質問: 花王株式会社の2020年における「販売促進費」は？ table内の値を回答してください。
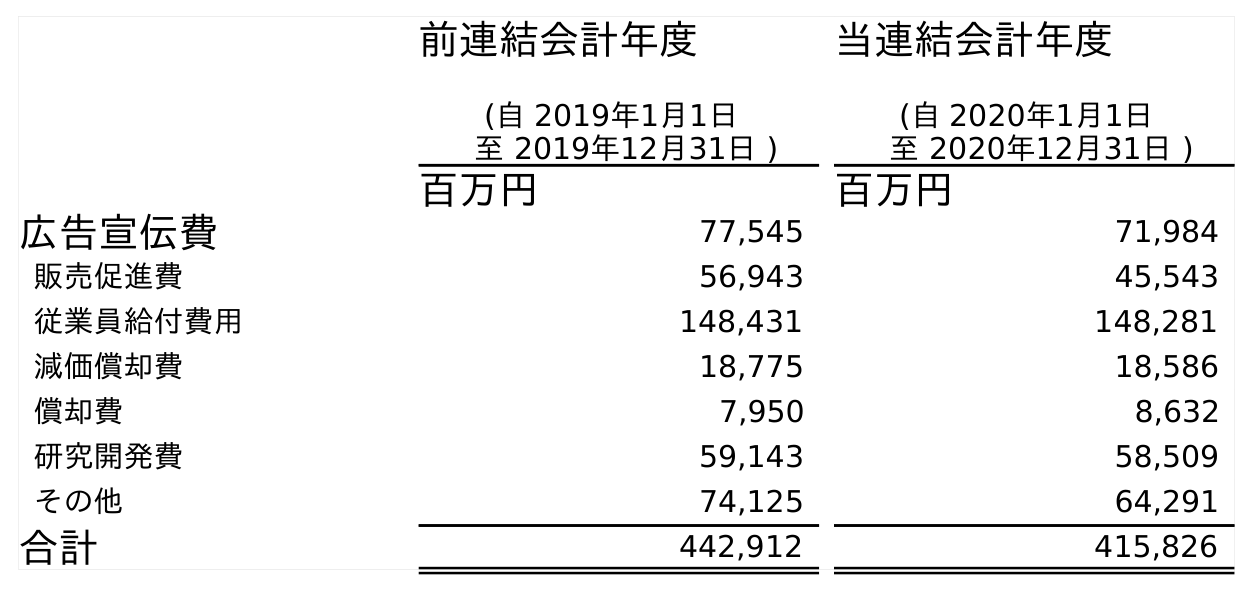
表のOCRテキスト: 前連結会計年度 (自 2019年1月1日 至 2019年12月31日 ) 当連結会計年度 (自 2020年1月1日 至 2020年12月31日 ) 百万円 百万円 広告宣伝費 77,545 71,984 販売促進費 56,943 45,543 従業員給付費用 148,431 148,281 減価償却費 18,775 18,586 償却費 7,950 8,632 研究開発費 59,143 58,509 その他 74,125 64,291 合計 442,912 415,826
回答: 45,543